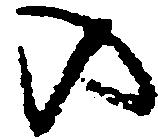
の